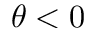
\theta < 0